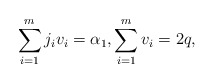
\begin{align*}\sum_{i=1}^{m} j_iv_i = \alpha_1, \sum_{i=1}^{m} v_i =2q,\end{align*}